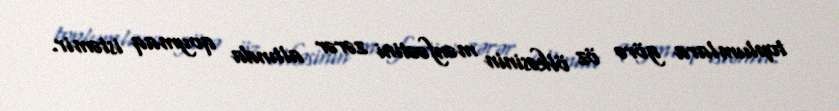
toplumlara görə öz ölkəsinin mənfəətini zərər altında qoymaq istəmir.